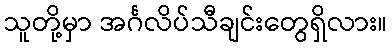
သူတို့မှာ အင်္ဂလိပ်သီချင်းတွေရှိလား။